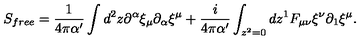
S _ { f r e e } = \frac { 1 } { 4 \pi \alpha ^ { \prime } } \int d ^ { 2 } z \partial ^ { \alpha } \xi _ { \mu } \partial _ { \alpha } \xi ^ { \mu } + \frac { i } { 4 \pi \alpha ^ { \prime } } \int _ { z ^ { 2 } = 0 } d z ^ { 1 } F _ { \mu \nu } \xi ^ { \nu } \partial _ { 1 } \xi ^ { \mu } .